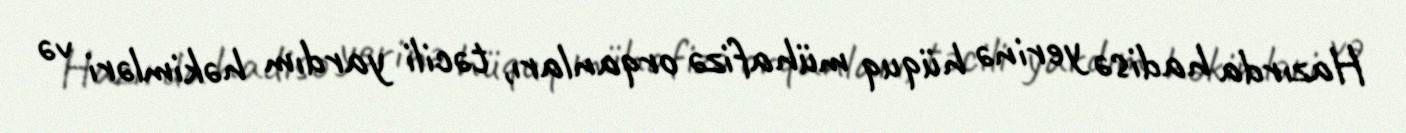
Hazırda hadisə yerinə hüquq mühafizə orqanları, təcili yardım həkimləri və